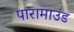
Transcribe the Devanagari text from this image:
पारामाउंड